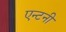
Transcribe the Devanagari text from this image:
एन्टनी